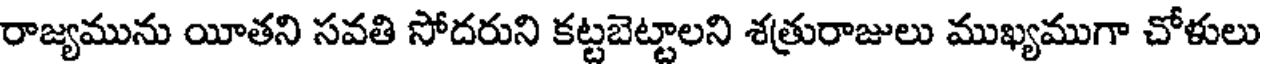
రాజ్యమును యీతని సవతి సోదరుని కట్టబెట్టాలని శత్రురాజులు ముఖ్యముగా చోళులు